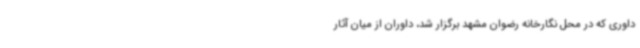
داوری که در محل نگارخانه رضوان مشهد برگزار شد، داوران از میان آثار